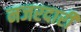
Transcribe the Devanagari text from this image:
नजरदारी